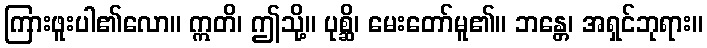
ကြားဖူးပါ၏လော။ ဣတိ၊ ဤသို့။ ပုစ္ဆိ၊ မေးတော်မူ၏။ ဘန္တေ၊ အရှင်ဘုရား။